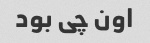
اون چی بود